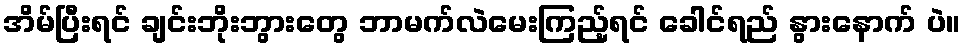
အိမ်ပြီးရင် ချင်းဘိုးဘွားတွေ ဘာမက်လဲမေးကြည့်ရင် ခေါင်ရည် နွားနောက် ပဲ။